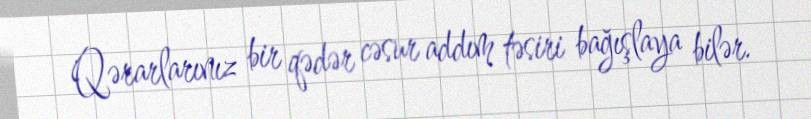
Qərarlarınız bir qədər cəsur addım təsiri bağışlaya bilər.